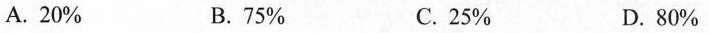
A.20% B.75% C.25% D.80%